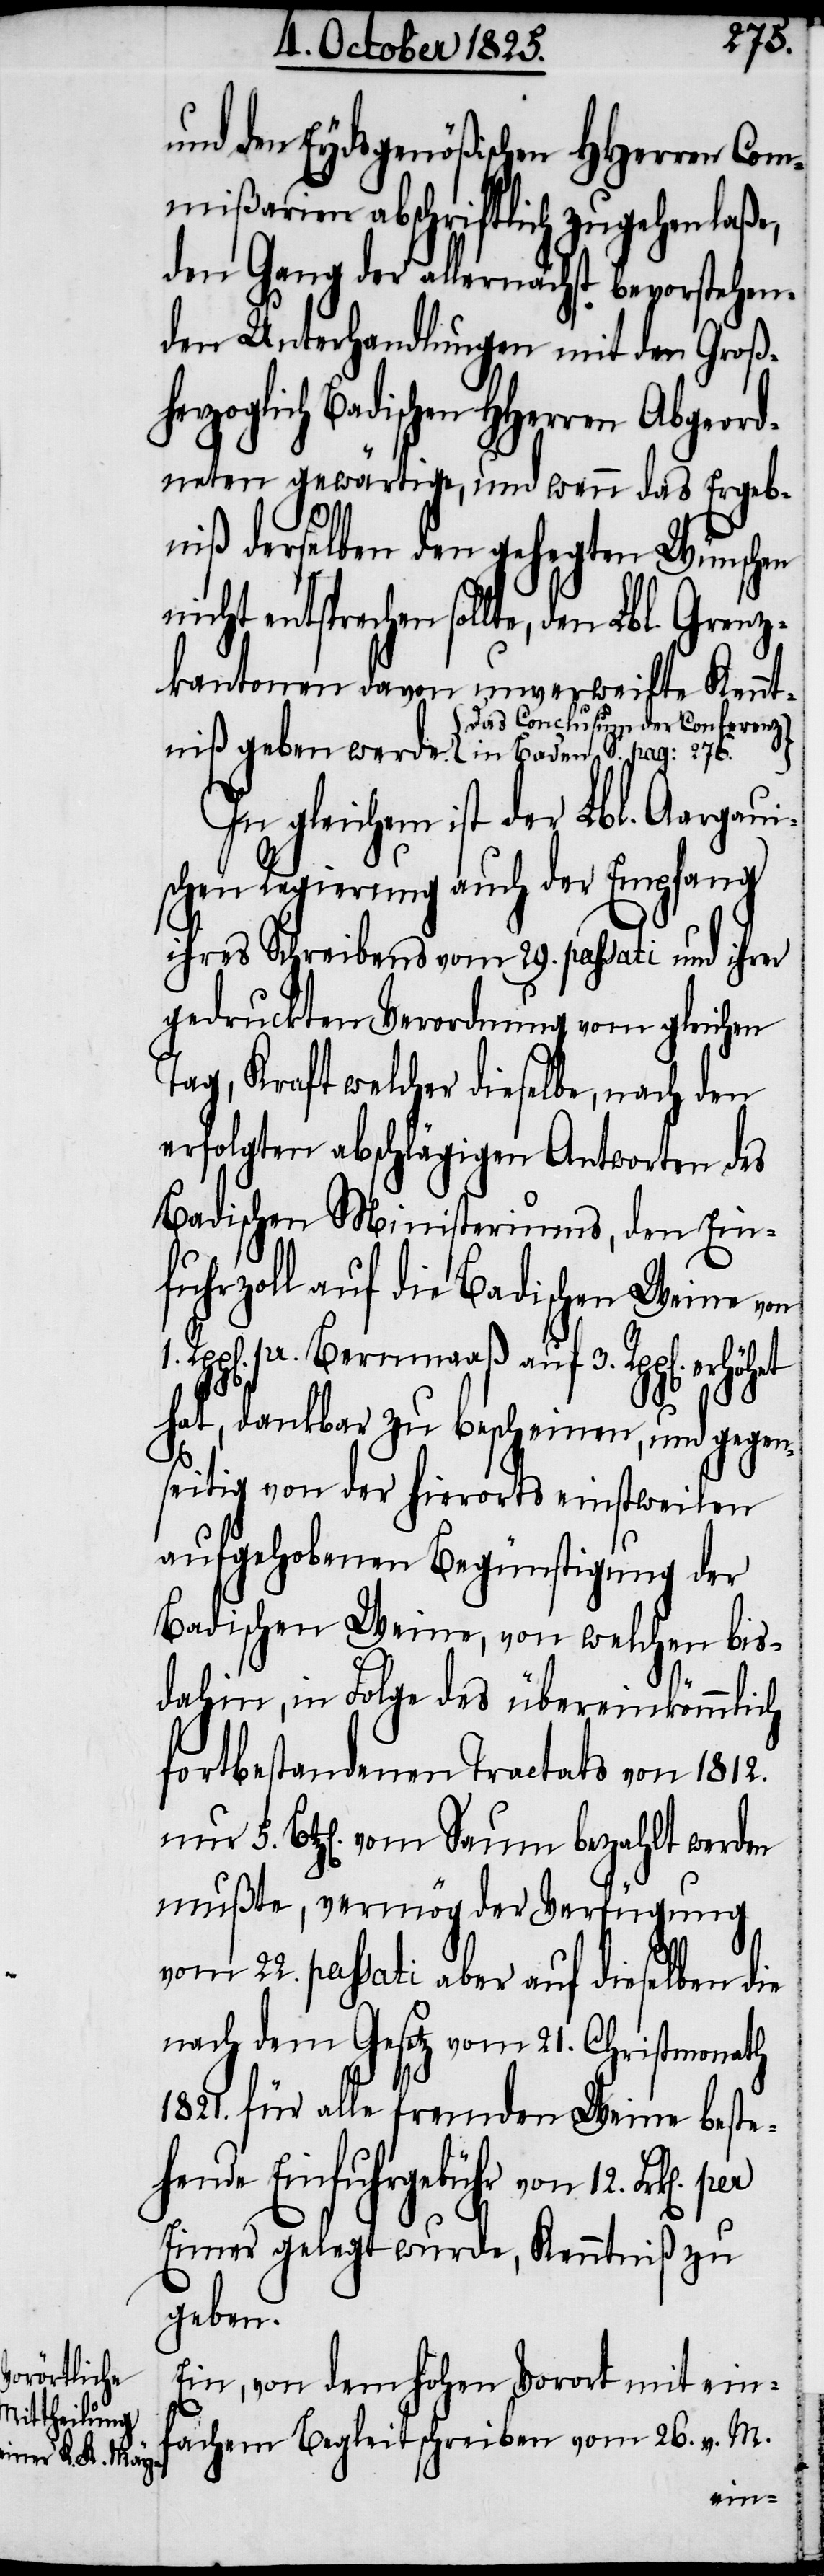
in Baden S.

276.}
und dem Eydsgenößischen HHerren Com¬
mißarien abschriftlich zugehen
den Gang der allernächst bevorstehen¬
den Unterhandlungen mit den Groß¬
Badischen HHerren Abgeord¬
neten gewärtige, und wenn das Ergeb¬
niß derselben den gehegten Wünschen
echen sollte, den Lbl. Grenz¬
kantonen davon unverweilte Kenntn¬
{Das Conclusum der Conferenz
In gleichem ist der Lbl. Aargaui¬
schen Regierung auch der Empfang
ihres Schreibens vom 29. passati und ihrer
gedruckten Verordnung vom gleichen
Tag, Kraft welcher dieselbe, nach den
erfolgten abschlägigen Antworten des
Badischen Ministeriums, den Ein¬
fuhrzoll auf die Badischen Weine von
hat, dankbar zu bescheinen, und gegen¬
seitig von der hierorts einstweilen
aufgehobenen Begünstigung der
Badischen Weine, von welchen bis
dahin, in Folge des übereinkömmlich
fortbestandenen Tractats von 1812.
Btz.[en]. vom Saum bezahlt werden
mußte, vermög der Verfügung
vom 22. passati aber auf dieselben die
nach dem Gesetz vom 21. Christmonath
1821. für alle fremden Weine beste¬
hende Einfuhrgebühr von 12. Frk[en].
Eimer gelegt wurde, Kenntniß zu
geben.
Ein, von dem hohen Vorort mit ein¬
fachem Begleitschreiben vom 26. v. M.